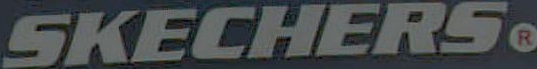
SKECHERS®